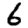
Digit: 6